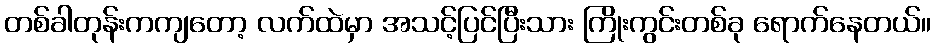
တစ်ခါတုန်းကကျတော့ လက်ထဲမှာ အသင့်ပြင်ပြီးသား ကြိုးကွင်းတစ်ခု ရောက်နေတယ်။